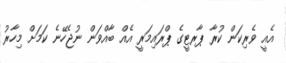
އެއީ ވެރިކަން ކުރާ ޕާރޓީގެ ޕްރައިމަރީ އެއް ބާއްވަން ނުޖެހޭނެ ކަމަށް މިހާރު